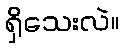
ရှိသေးလဲ။